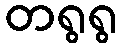
တရွရွ